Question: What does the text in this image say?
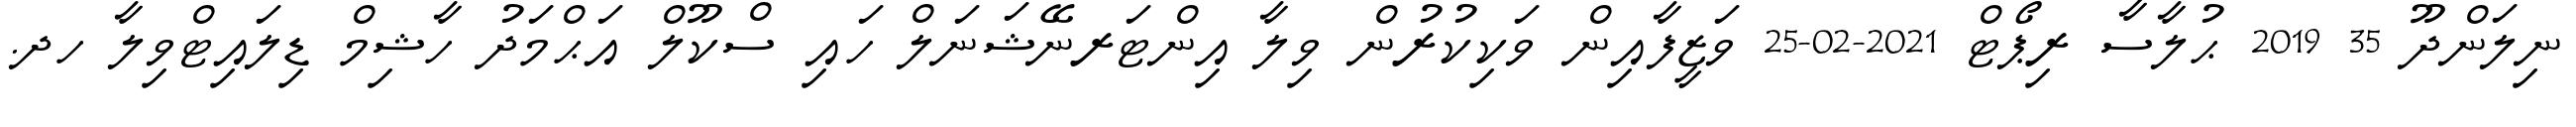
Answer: ނިލަންދޫ 35 2019 ޙުލާސާ ރިޕޯޓް 2021-02-25 ވަޒީފާއިން ވަކިކުރުން ވިލާ އިންޓަރނޭޝަނަލް ހައި ސްކޫލް އަޙްމަދު ހާޝިމް ޑިލައިޓްވިލާ ހދ.